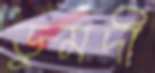
ডুমদী